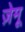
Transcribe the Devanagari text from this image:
ज़ेमू